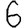
Digit: 6